Vaccination in Bombay 1889-1901 - 1889-1901
Year: 1889
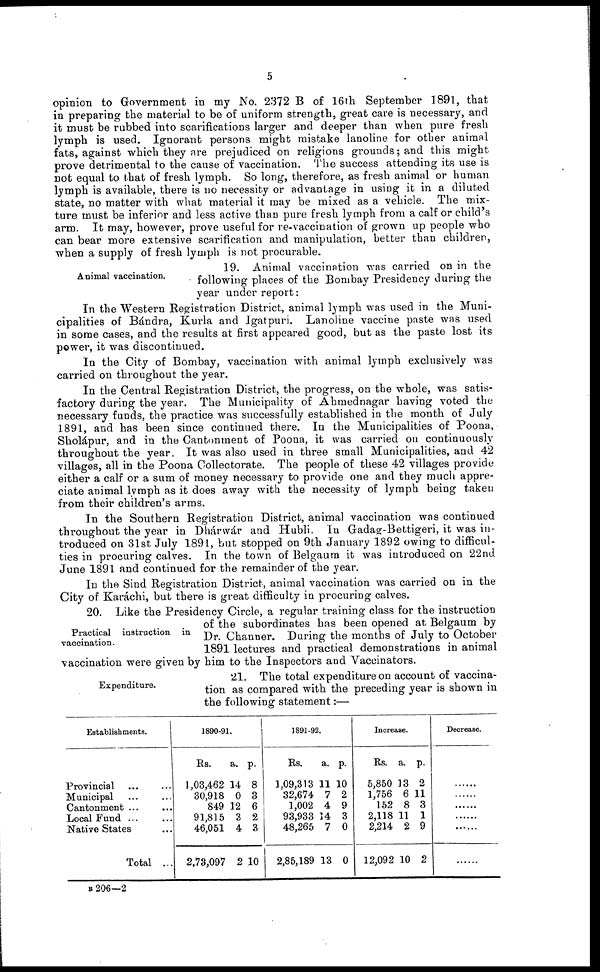
5
opinion to Government in my No. 2372 B of 16th September 1891, that
in preparing the material to be of uniform strength, great care is necessary, and
it must be rubbed into scarifications larger and deeper than when pure fresh
lymph is used. Ignorant persons might mistake lanoline for other animal
fats, against which they are prejudiced on religions grounds; and this might
prove detrimental to the cause of vaccination. The success attending its use is
not equal to that of fresh lymph. So long, therefore, as fresh animal or human
lymph is available, there is no necessity or advantage in using it in a diluted
state, no matter with what material it may be mixed as a vehicle. The mix-
ture must be inferior and less active than pure fresh lymph from a calf or child's
arm. It may, however, prove useful for re-vaccination of grown up people who
can bear more extensive scarification and manipulation, better than children,
when a supply of fresh lymph is not procurable.
Animal vaccination.
19. Animal vaccination was carried on in the
following places of the Bombay Presidency during the
year under report:
In the Western Registration District, animal lymph was used in the Muni-
cipalities of Bándra, Kurla and Igatpuri. Lanoline vaccine paste was used
in some cases, and the results at first appeared good, but as the paste lost its
power, it was discontinued.
In the City of Bombay, vaccination with animal lymph exclusively was
carried on throughout the year.
In the Central Registration District, the progress, on the whole, was satis-
factory during the year. The Municipality of Ahmednagar having voted the
necessary funds, the practice was successfully established in the month of July
1891, and has been since continued there. In the Municipalities of Poona,
Sholápur, and in the Cantonment of Poona, it was carried on continuously
throughout the year. It was also used in three small Municipalities, and 42
villages, all in the Poona Collectorate. The people of these 42 villages provide
either a calf or a sum of money necessary to provide one and they much appre-
ciate animal lymph as it does away with the necessity of lymph being taken
from their children's arms.
In the Southern Registration District, animal vaccination was continued
throughout the year in Dhárwár and Hubli. In Gadag-Bettigeri, it was in-
troduced on 31st July 1891, but stopped on 9th January 1892 owing to difficul-
ties in procuring calves. In the town of Belgaum it was introduced on 22nd
June 1891 and continued for the remainder of the year.
In the Sind Registration District, animal vaccination was carried on in the
City of Karáchi, but there is great difficulty in procuring calves.
Practical instruction in
vaccination.
20. Like the Presidency Circle, a regular training class for the instruction
of the subordinates has been opened at Belgaum by
Dr. Channer. During the months of July to October
1891 lectures and practical demonstrations in animal
vaccination were given by him to the Inspectors and Vaccinators.
Expenditure.
21. The total expenditure on account of vaccina-
tion as compared with the preceding year is shown in
the following statement:—
Establishments.
Provincial ... ...
Municipal ... ...
Cantonment ... ...
Local Fund ... ...
Native States
Total ...
1890-91.
Rs.
1,03,462
30,918
849
91,815
46,051
2,73,097
a.
14
0
12
3
4
2
p.
8
3
6
2
3
10
1891-92.
Rs.
1,09,313
32,674
1,002
93,933
48,265
2,85,189
a.
11
7
4
14
7
13
p.
10
2
9
3
0
0
Increase.
Rs.
5,850
1,756
152
2,118
2,214
12,092
a.
13
6
8
11
2
10
p.
2
11
3
1
9
2
Decrease.
......
......
......
......
......
......
B 206—2